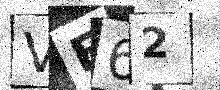
Text: VF62